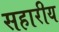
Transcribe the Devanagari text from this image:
सहारीय